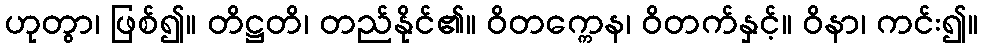
ဟုတွာ၊ ဖြစ်၍။ တိဋ္ဌတိ၊ တည်နိုင်၏။ ဝိတက္ကေန၊ ဝိတက်နှင့်။ ဝိနာ၊ ကင်း၍။